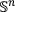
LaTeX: \mathbb { S } ^ { n }